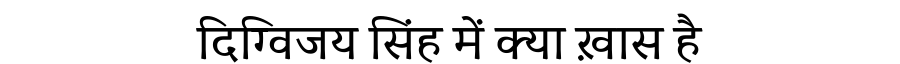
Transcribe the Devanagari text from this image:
दिग्विजय सिंह में क्या ख़ास है